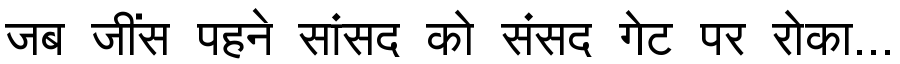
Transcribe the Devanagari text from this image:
जब जींस पहने सांसद को संसद गेट पर रोका...